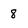
Character: 8